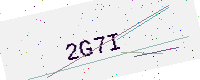
Text: 2G7I